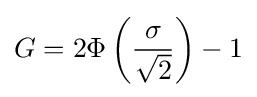
G=2\Phi \left({\frac {\sigma }{\sqrt {2}}}\right)-1